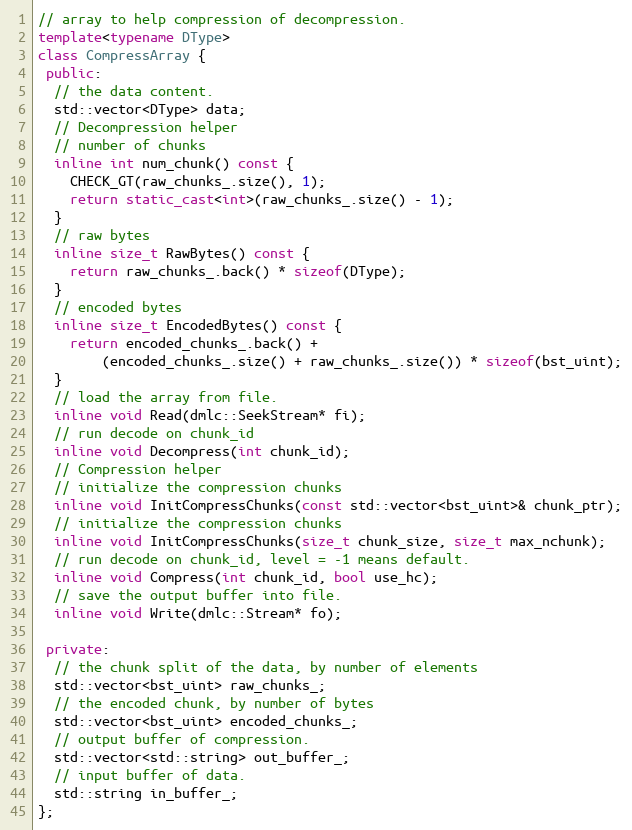
Language: C++
// array to help compression of decompression.
template<typename DType>
class CompressArray {
 public:
  // the data content.
  std::vector<DType> data;
  // Decompression helper
  // number of chunks
  inline int num_chunk() const {
    CHECK_GT(raw_chunks_.size(), 1);
    return static_cast<int>(raw_chunks_.size() - 1);
  }
  // raw bytes
  inline size_t RawBytes() const {
    return raw_chunks_.back() * sizeof(DType);
  }
  // encoded bytes
  inline size_t EncodedBytes() const {
    return encoded_chunks_.back() +
        (encoded_chunks_.size() + raw_chunks_.size()) * sizeof(bst_uint);
  }
  // load the array from file.
  inline void Read(dmlc::SeekStream* fi);
  // run decode on chunk_id
  inline void Decompress(int chunk_id);
  // Compression helper
  // initialize the compression chunks
  inline void InitCompressChunks(const std::vector<bst_uint>& chunk_ptr);
  // initialize the compression chunks
  inline void InitCompressChunks(size_t chunk_size, size_t max_nchunk);
  // run decode on chunk_id, level = -1 means default.
  inline void Compress(int chunk_id, bool use_hc);
  // save the output buffer into file.
  inline void Write(dmlc::Stream* fo);

 private:
  // the chunk split of the data, by number of elements
  std::vector<bst_uint> raw_chunks_;
  // the encoded chunk, by number of bytes
  std::vector<bst_uint> encoded_chunks_;
  // output buffer of compression.
  std::vector<std::string> out_buffer_;
  // input buffer of data.
  std::string in_buffer_;
};